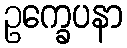
ဥက္ခေပနာ